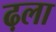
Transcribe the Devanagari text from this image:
ढ़ला